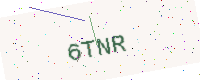
Text: 6TNR